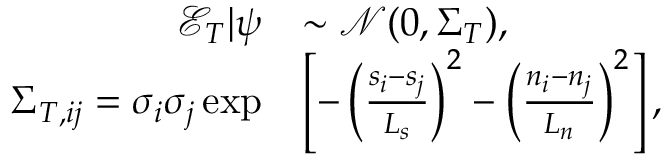
\begin{array} { r l } { \mathcal { E } _ { T } | \boldsymbol { \psi } } & { \sim \mathcal { N } ( 0 , \boldsymbol { \Sigma } _ { T } ) , } \\ { { \Sigma } _ { T , i j } = \sigma _ { i } \sigma _ { j } \exp } & { \left[ - \left( \frac { s _ { i } - s _ { j } } { L _ { s } } \right) ^ { 2 } - \left( \frac { n _ { i } - n _ { j } } { L _ { n } } \right) ^ { 2 } \right] , } \end{array}